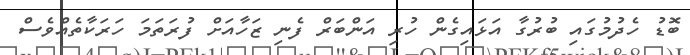
ބޮޑު ހެދުމުގައި ބުރުގާ އަޅައިގެން ހުރި އަންބަރް ފެނި ޒަހާއަށް ފުރަތަމަ ހަރަކާތެއްވެސް